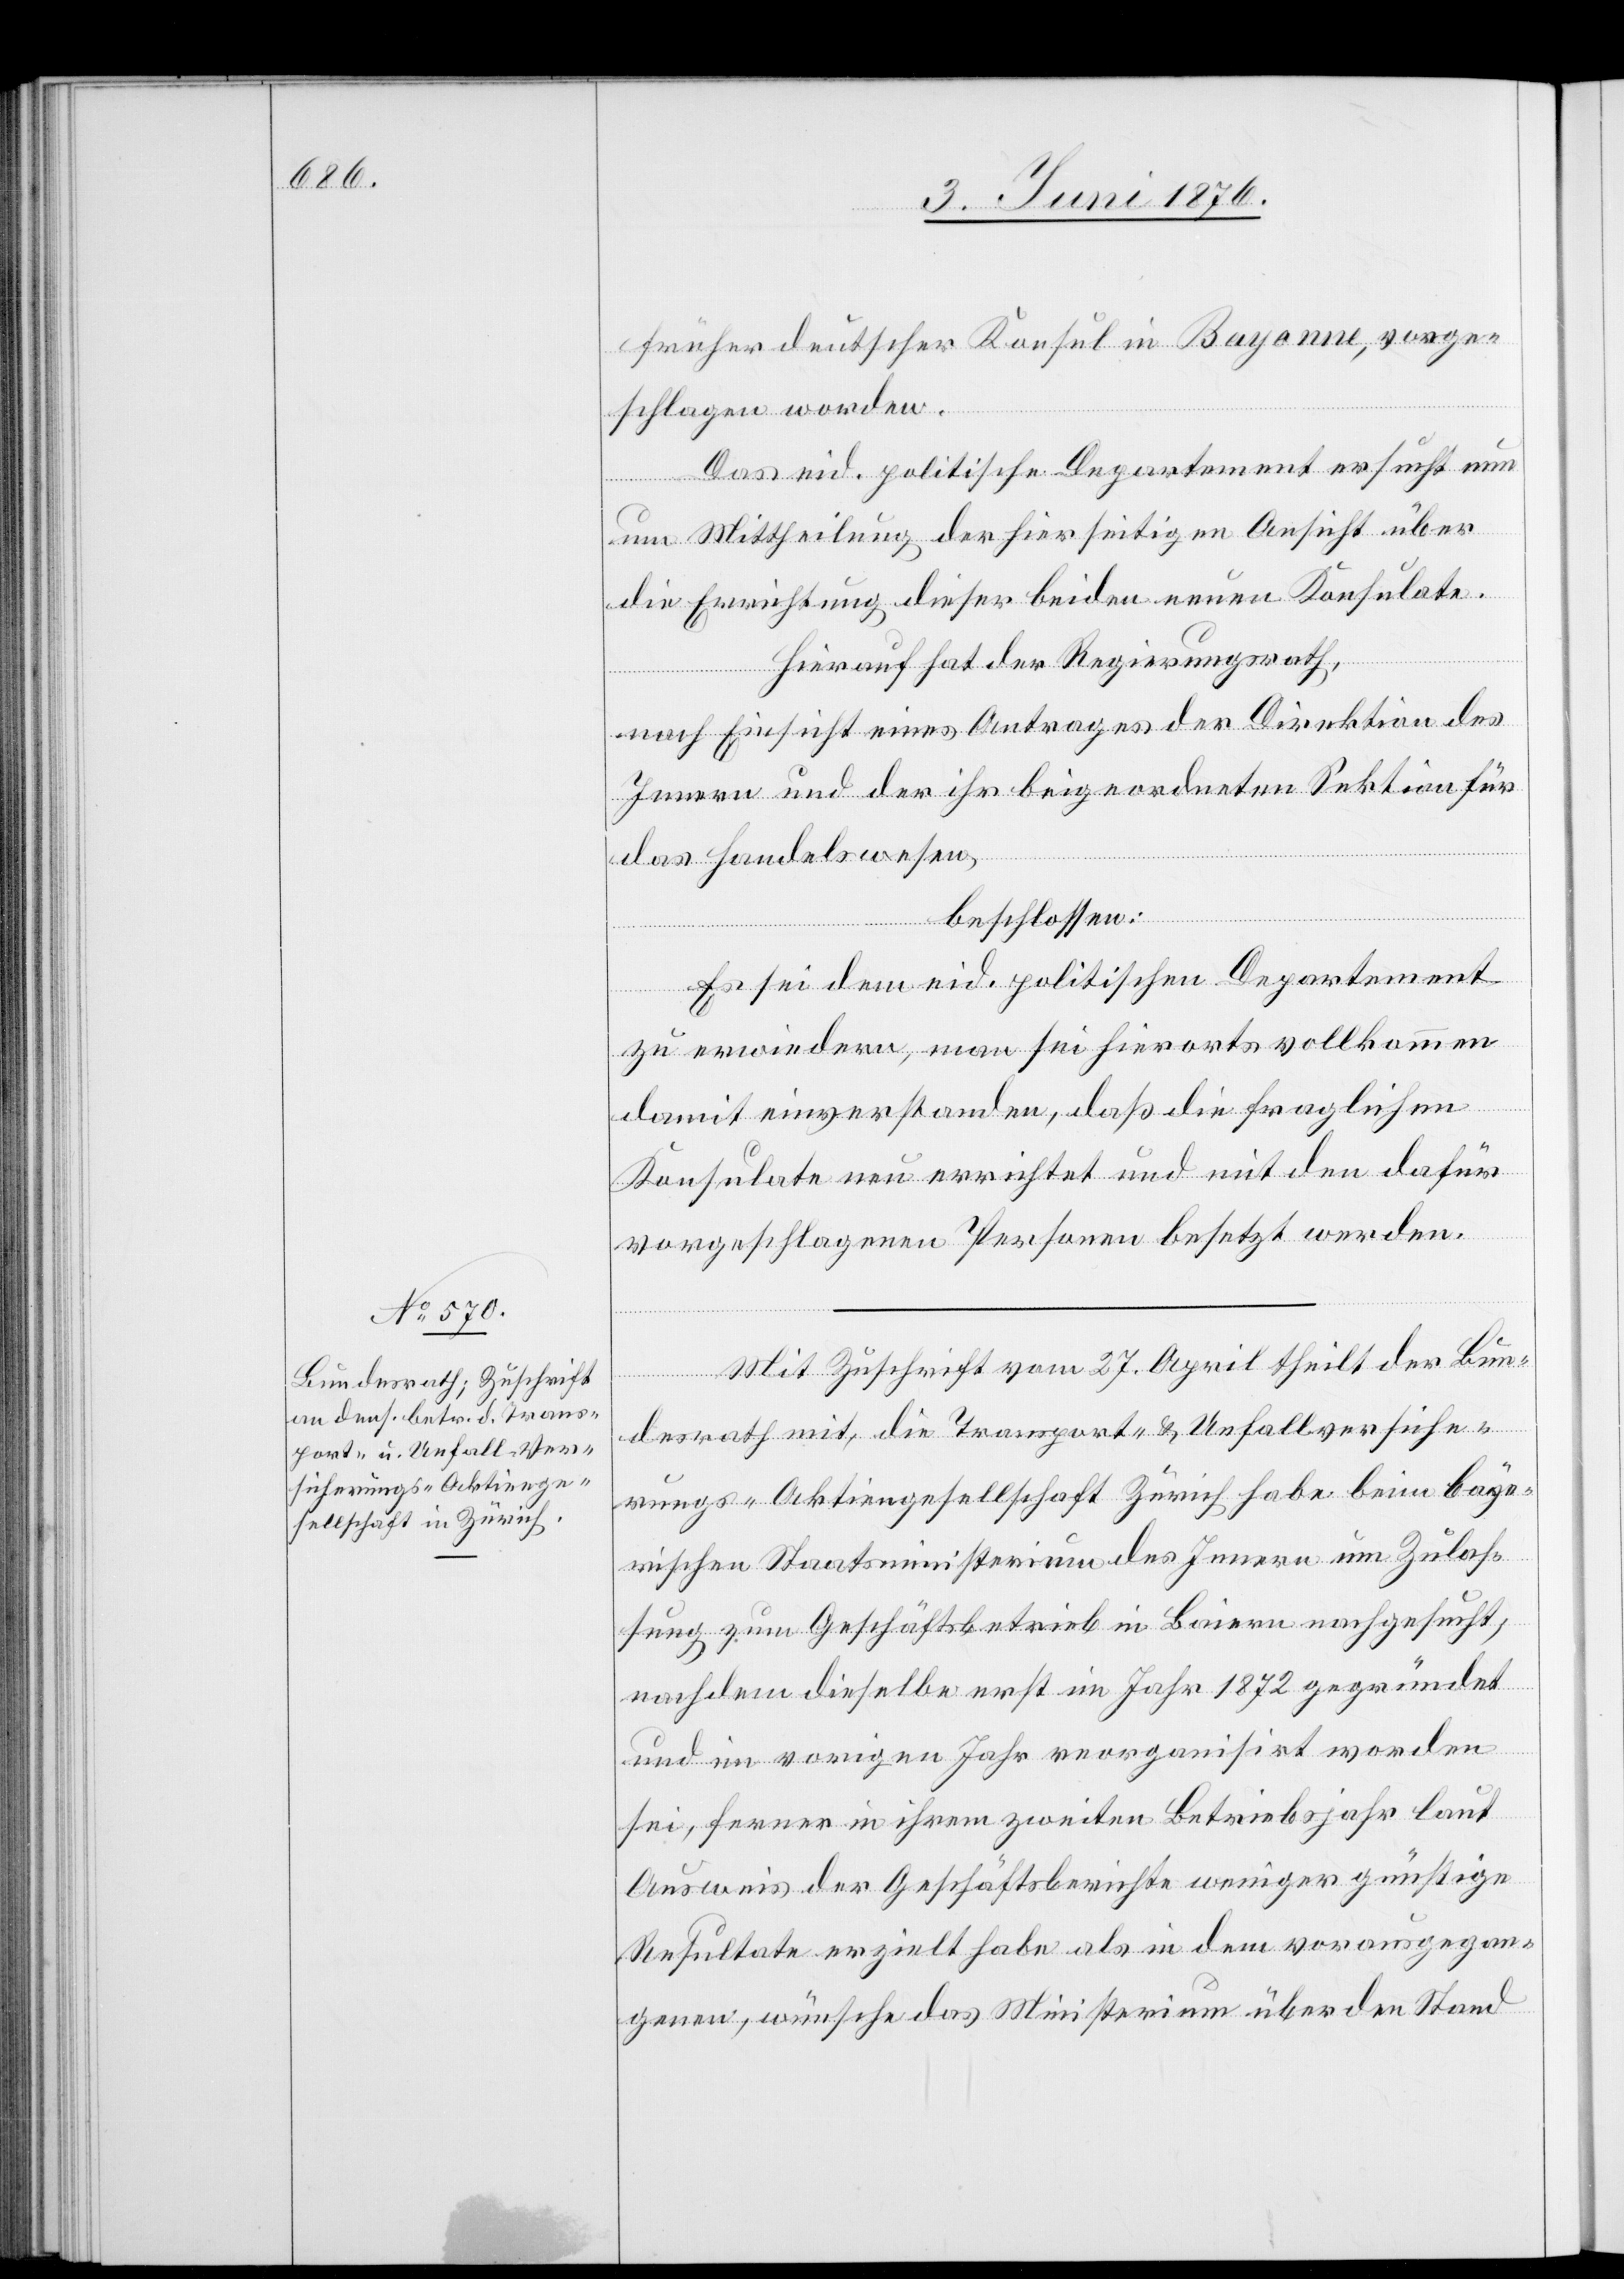
früher deutscher Konsul in Bayonne, vorge¬
schlagen worden.
Das eid. politische Departement ersucht nun
um Mittheilung der hierseitigen Ansicht über
die Errichtung dieser beiden neuen Konsulate.
Hierauf hat der Regierungsrath,
nach Einsicht eines Antrages der Direktion des
Innern und der ihr beigeordneten Sektion für
das Handelswesen,
beschlossen:
Es sei dem eid. politischen Departement
zu erwiedern, man sei hierorts vollkommen
damit einverstanden, daß die fraglichen
Konsulate neu errichtet und mit den dafür
vorgeschlagenen Personen besetzt werden.
Mit Zuschrift vom 27. April theilt der Bun¬
desrath mit, die Transport- & Unfallversiche¬
rungs-Aktiengesellschaft Zürich habe beim baye¬
rischen Staatsministerium des Innern um Zulas¬
sung zum Geschäftsbetrieb in Baiern nachgesucht;
nachdem dieselbe erst im Jahr 1872 gegründet
und im vorigen Jahr reorganisirt worden
sei, ferner in ihrem zweiten Betriebsjahr laut
Ausweis der Geschäftsberichte weniger günstige
Resultate erzielt habe als in dem vorausgegan¬
genen, wünsche das Ministerium über den Stand